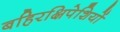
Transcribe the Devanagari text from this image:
बहिरक्षिपेशियों